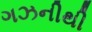
ગઝનીથી